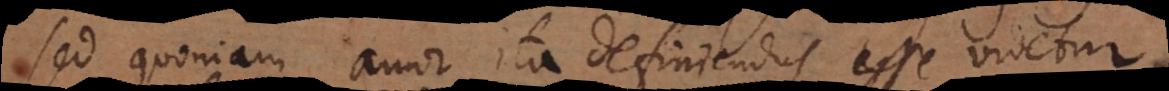
sed quoniam amor ita definiendus esse videtur